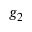
g _ { 2 }